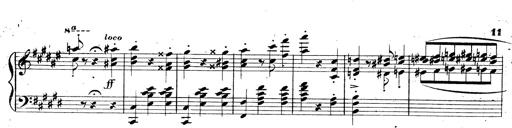
Title: 3 Caprices-Valses
Composer: Franz Liszt